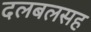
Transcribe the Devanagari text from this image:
दलबलसह